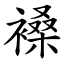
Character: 褬